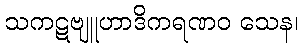
သကဋဗျူဟာဒိကရဏဝ သေန၊